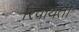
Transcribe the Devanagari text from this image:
रिवायती